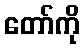
တော်ကို